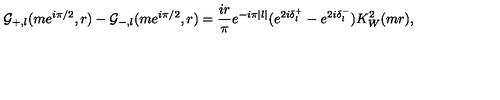
\mathcal { G } _ { + , l } ( m e ^ { i \pi / 2 } , r ) - \mathcal { G } _ { - , l } ( m e ^ { i \pi / 2 } , r ) = \frac { i r } { \pi } e ^ { - i \pi | l | } ( e ^ { 2 i \delta _ { l } ^ { + } } - e ^ { 2 i \delta _ { l } ^ { - } } ) K _ { W } ^ { 2 } ( m r ) ,